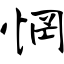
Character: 惘